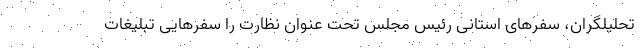
تحلیلگران، سفرهای استانی رئیس مجلس تحت عنوان نظارت را سفرهایی تبلیغات